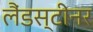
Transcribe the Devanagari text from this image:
लैंडस्टीनर